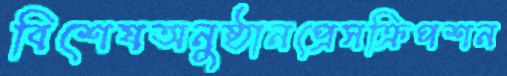
বিশেষঅনুষ্ঠানপ্রেসক্রিপশন